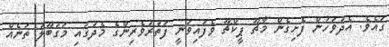
ގައެވެ. އެދުވަހުން ފެށިގެން މާޗޫ ޕީކްޗޫ ވެފައިވަނީ ފަތުރުވެރިންގެ މެދުގައި މަގުބޫލު ތަނެއް